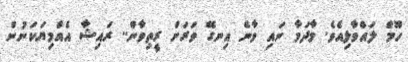
ހޫމް ލައްވާލިއެވެ. މާދަމާ ނައި ވާނެ އިނގޭ ވަރަށް ރީތިވާން.. ރައިޝާ އެއްމިޔަކަނުން